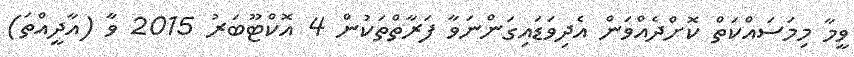
ވީމާ މިމަސައްކަތް ކޮށްދެއްވަން އެދިވަޑައިގަންނަވާ ފަރާތްތަކުން 4 އޮކްޓޫބަރު 2015 ވާ (އާދީއްތަ)